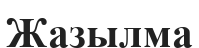
Жазылма